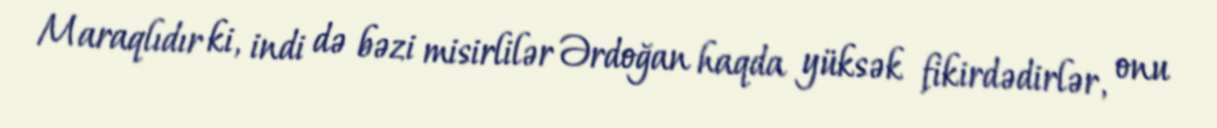
Maraqlıdır ki, indi də bəzi misirlilər Ərdoğan haqda yüksək fikirdədirlər, onu